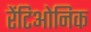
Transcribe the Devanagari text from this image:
रेंटिओनिक